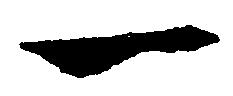
一